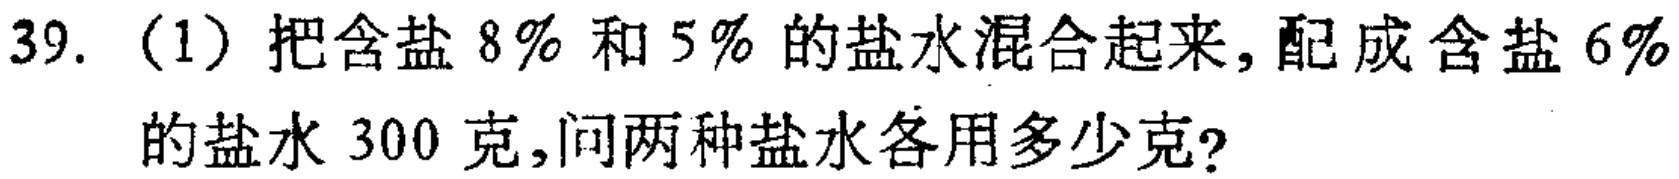
39.（1）把含盐\(8\%\)和\(5\%\)的盐水混合起来，配成含盐\(6\%\)的盐水\(300\)克，问两种盐水各用多少克？